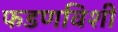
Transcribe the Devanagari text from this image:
फडणविशी